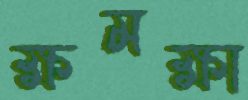
ক্ষমক্ষা